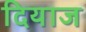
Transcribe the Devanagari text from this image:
दियाज